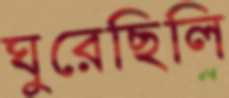
ঘুরেছিলি